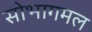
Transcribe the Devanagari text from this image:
सोभागमल